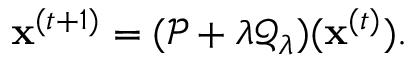
\mathbf { x } ^ { ( t + 1 ) } = ( \mathcal { P } + \lambda \mathcal { Q } _ { \lambda } ) ( \mathbf { x } ^ { ( t ) } ) .